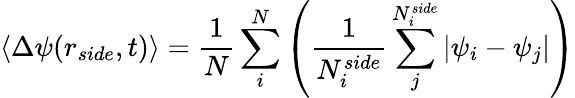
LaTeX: \left<\Delta\psi(r_{side},t)\right>=\frac{1}{N}\sum_{i}^{N}\left(\frac{1}{N_{i}^{side}}\sum_{j}^{N_{i}^{side}}|\psi_{i}-\psi_{j}|\right)